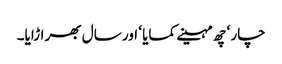
چار ‘ چھ مہینے کمایا ‘ اور سال بھر اڑایا۔